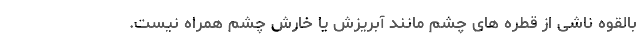
بالقوه ناشی از قطره های چشم مانند آبریزش یا خارش چشم همراه نیست.